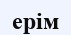
ерім